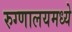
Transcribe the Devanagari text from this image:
रुग्णालयमध्ये